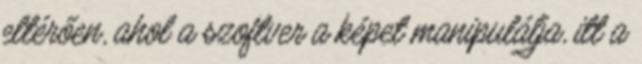
eltérően, ahol a szoftver a képet manipulálja, itt a